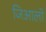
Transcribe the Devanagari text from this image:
जिआलो